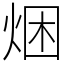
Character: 焑